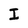
Character: I